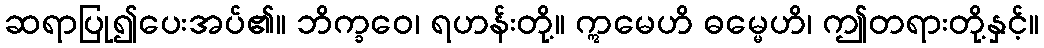
ဆရာပြု၍ပေးအပ်၏။ ဘိက္ခဝေ၊ ရဟန်းတို့။ ဣမေဟိ ဓမ္မေဟိ၊ ဤတရားတို့နှင့်။